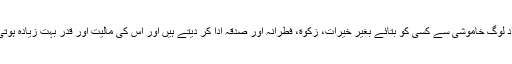
لاتعداد لوگ خاموشی سے کسی کو بتائے بغیر خیرات، زکوٰة، فطرانہ اور صدقہ ادا کر دیتے ہیں اور اس کی مالیت اور قدر بہت زیادہ ہوتی ہے۔